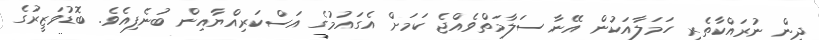
ދިން ނުރައްކާތެރި ހަމަލާއަކުން އޭނާ ސަލާމަތްވެއްޖެ ކަމަށް އެގައުމުގެ އަސްކަރިއްޔާއިން ބުނެފިއެވެ. ބޮޑުވަޒީރުގެ